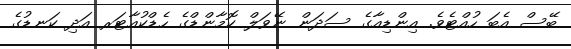
ބޭސް އެބަ ހުއްޓެވެ. އިންޑިއާގެ ސަދަން ނޭވަލް ކޮމާންޑްގެ ހެޑްކުއާޓަރ އަދި ކަނޑުގެ